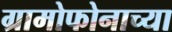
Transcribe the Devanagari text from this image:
ग्रामोफोनाच्या